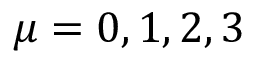
\mu = 0 , 1 , 2 , 3